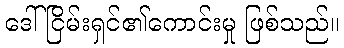
ဒေါ်ငြိမ်းရှင်၏ကောင်းမှု ဖြစ်သည်။